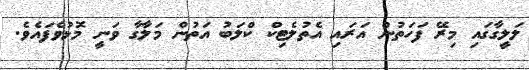
ލަލީގާގައި މިރޭ ފަހަތުން އަރައި އެތުލެޓިކް ކްލަބު އަތުން މަލާގާ ވަނީ މޮޅުވެފައެވެ.